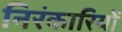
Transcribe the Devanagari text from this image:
निरंकारियों